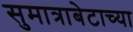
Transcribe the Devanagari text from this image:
सुमात्राबेटाच्या